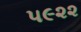
૫૯૨૨